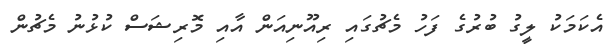
އެކަމަކު ލީގު ބުރުގެ ފަހު މެޗުގައި ރިއޫނިއަން އާއި މޮރިޝަސް ކުޅުނު މެޗުން